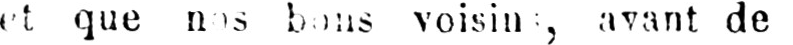
avant de